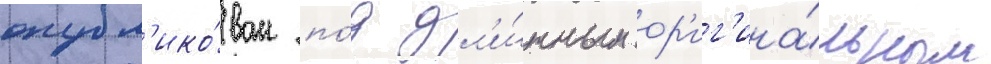
опубл'ико́ван по́д дл'и́нным ор'иг'ина́льным